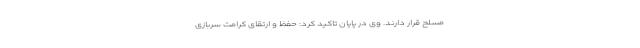
مسلح قرار دارند. وی در پایان تاکید کرد: حفظ و ارتقای کرامت سربازی